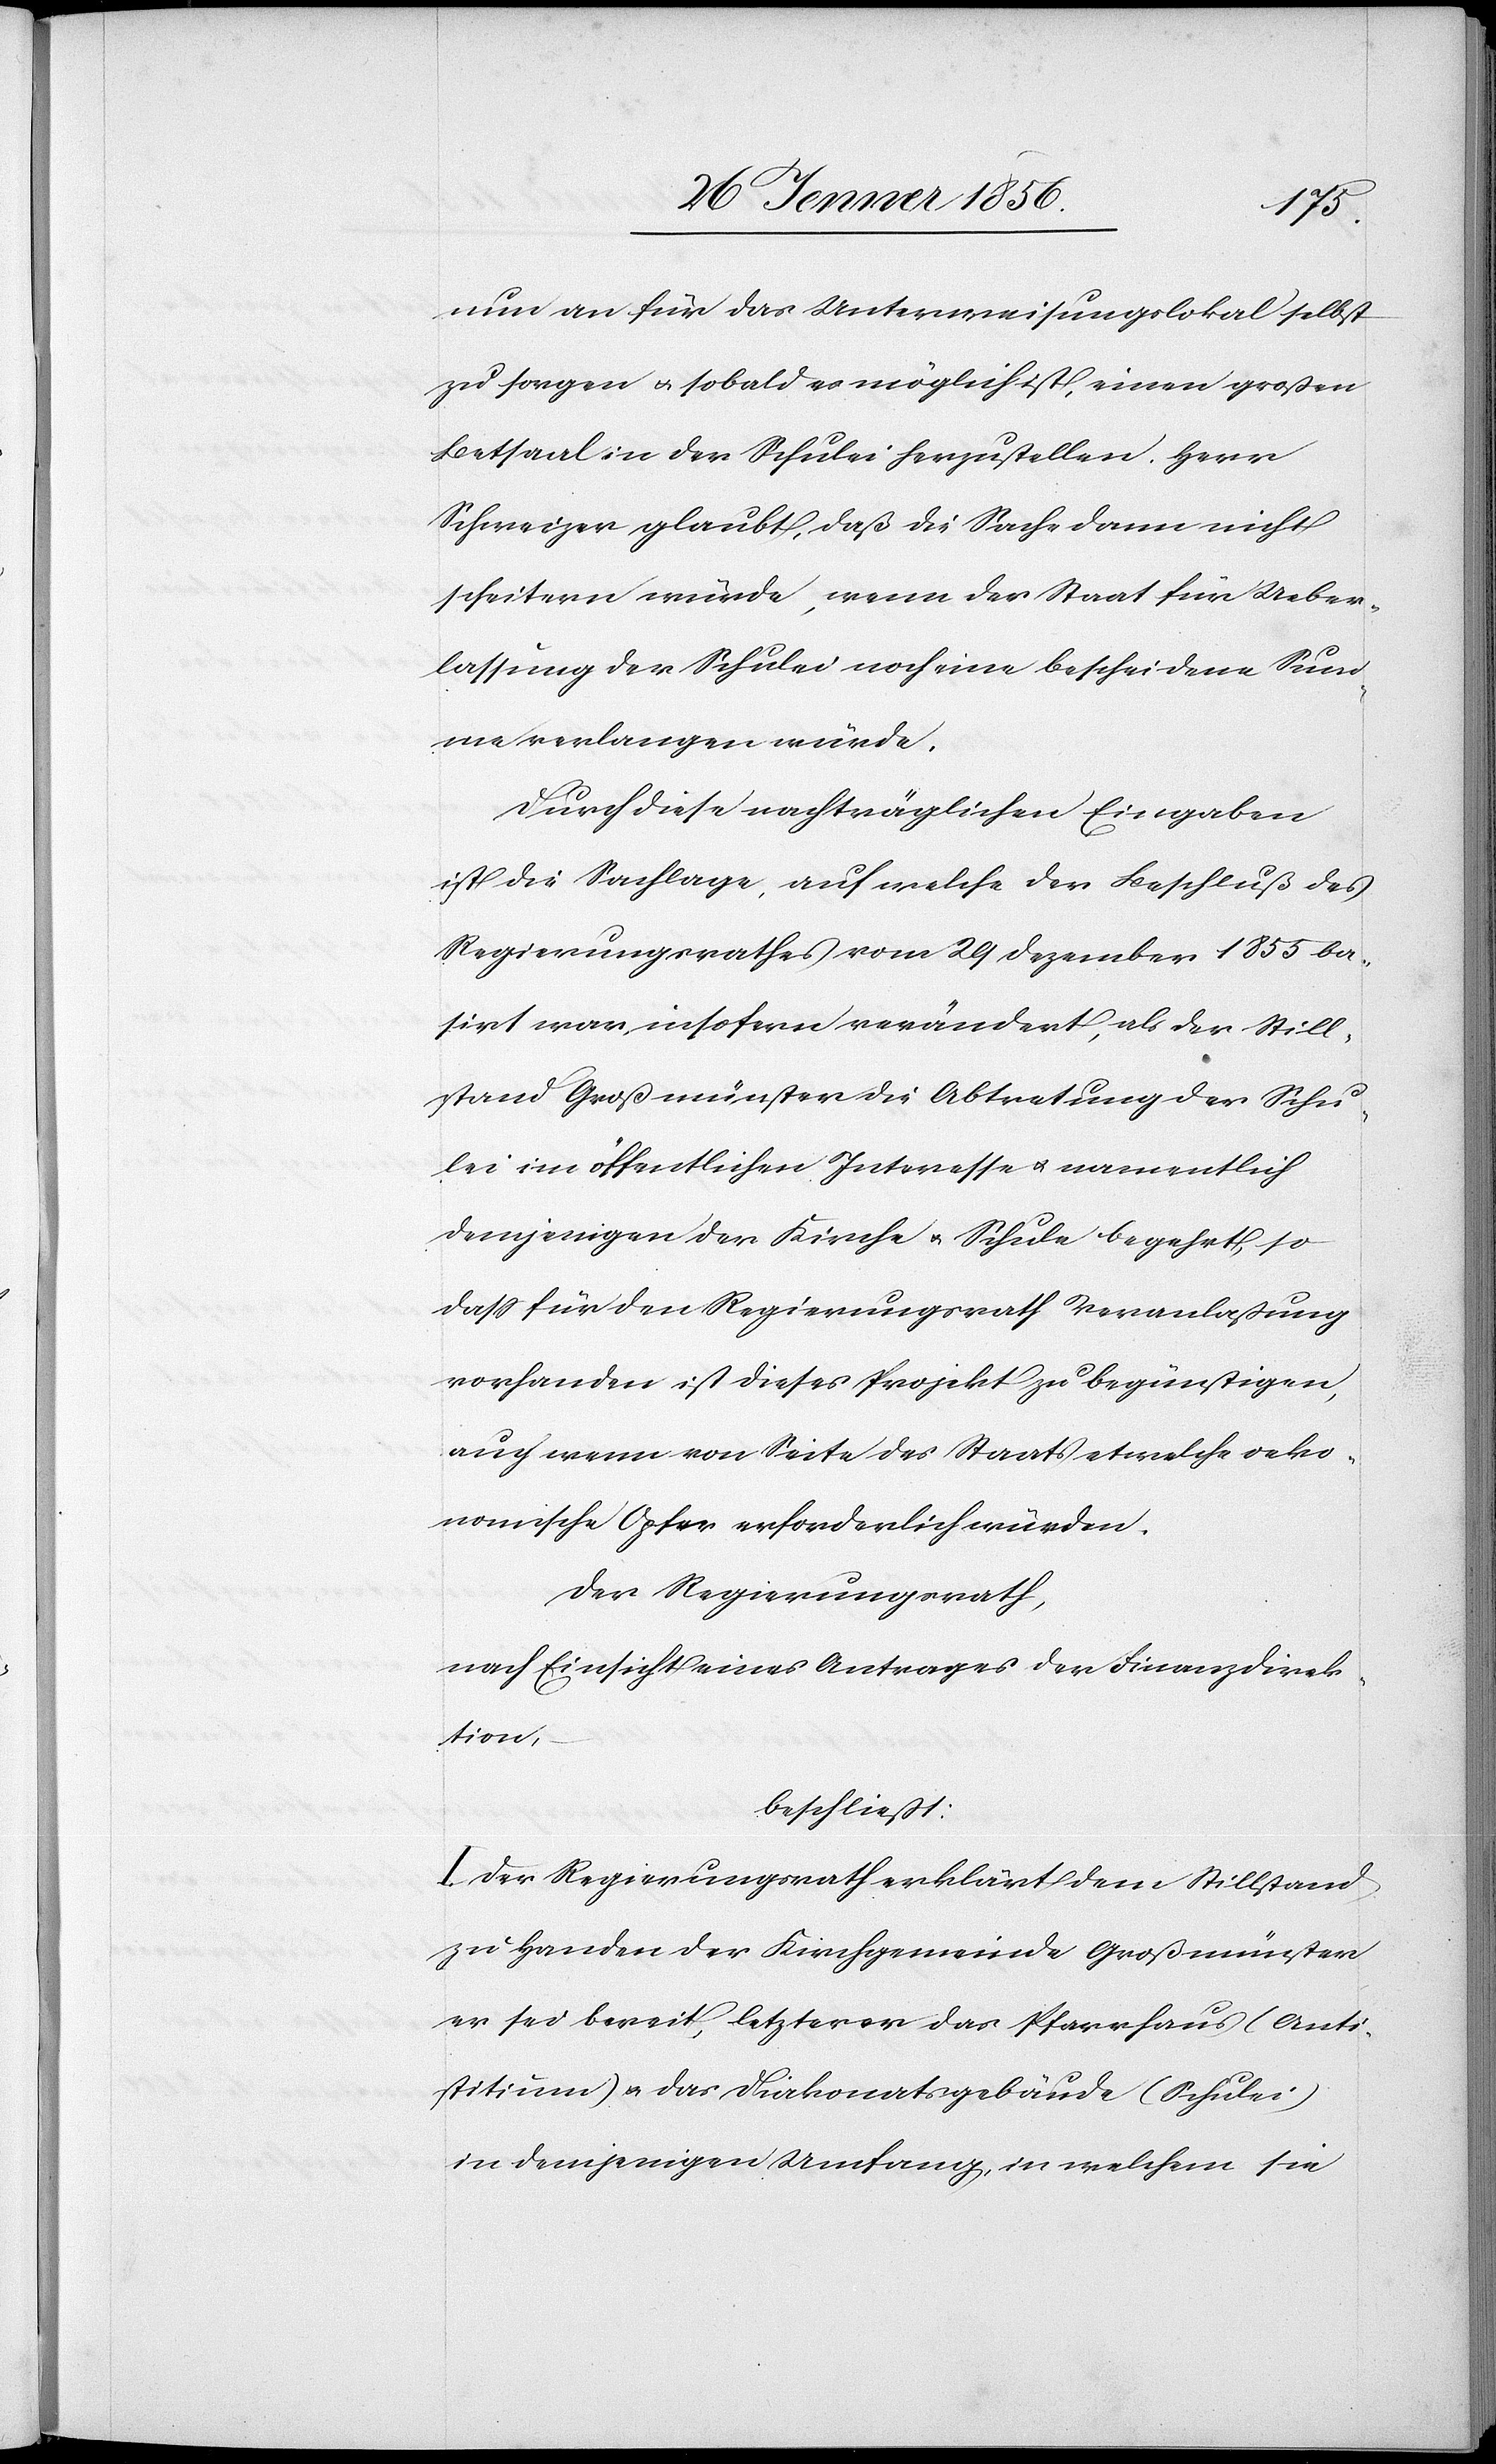
nun an für das Unterweisungslokal selbst
zu sorgen u. sobald es möglich ist, einen großen
Betsaal in der Schulei herzustellen. Herr
Schweizer glaubt, daß die Sache dann nicht
scheitern würde, wenn der Staat für Ueber¬
lassung der Schulei noch eine bescheidene Sum¬
me verlangen würde.
Durch diese nachträglichen Eingaben
ist die Sachlage, auf welche der Beschluß des
Regierungsrathes vom 29 Dezember 1855 ba¬
sirt war, insofern verändert, als der Still¬
stand Großmünster die Abtretung der Schu¬
lei im öffentlichen Interesse u. namentlich
demjenigen der Kirche u. Schule begehrt, so
daß für den Regierungsrath Veranlaßung
vorhanden ist dieses Projekt zu begünstigen,
auch wenn von Seite des Staates etwelche oeko¬
nomische Opfer erforderlich würden.
Der Regierungsrath,
nach Einsicht eines Antrages der Finanzdirek¬
tion,
beschließt:
I. Der Regierungsrath erklärt dem Stillstand
zu Handen der Kirchgemeinde Großmünster
er sei bereit, letzterer das Pfarrhaus (Anti¬
stitium) u. die Diakonatsgebäude (Schulei)
in demjenigen Umfang, in welchem sie